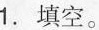
1.填空。